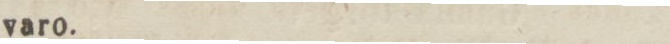
varo.